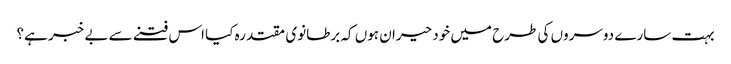
بہت سارے دوسروں کی طرح میں خود حیران ہوں کہ برطانوی مقتدرہ کیا اس فتنے سے بے خبر ہے؟